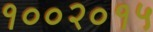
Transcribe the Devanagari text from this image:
१००२०१५